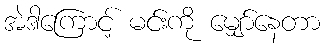
အဲဒါကြောင့် မင်းကို မျှော်နေတာ